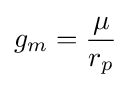
g_{m}={\mu  \over r_{p}}